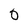
Character: 0